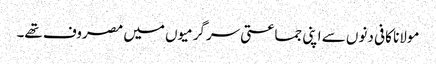
مولانا کافی دنوں سے اپنی جماعتی سرگرمیوں میں مصروف تھے۔